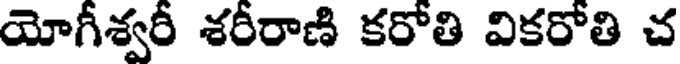
యోగీశ్వరీ శరీరాణి కరోతి వికరోతి చ